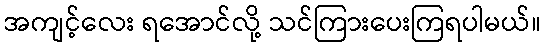
အကျင့်လေး ရအောင်လို့ သင်ကြားပေးကြရပါမယ်။